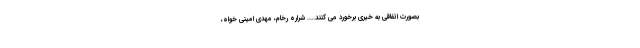
بصورت اتفاقی به خیری برخورد می کنند.... شراره رخام، مهدی امینی خواه،